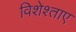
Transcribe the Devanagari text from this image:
विशेश्ताए